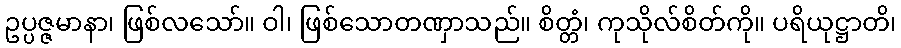
ဥပ္ပဇ္ဇမာနာ၊ ဖြစ်လသော်။ ဝါ၊ ဖြစ်သောတဏှာသည်။ စိတ္တံ၊ ကုသိုလ်စိတ်ကို။ ပရိယုဋ္ဌာတိ၊